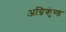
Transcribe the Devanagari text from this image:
अग्निकुंण्ड